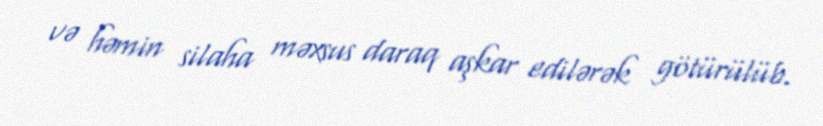
və həmin silaha məxsus daraq aşkar edilərək götürülüb.